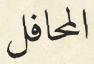
المحافل